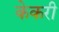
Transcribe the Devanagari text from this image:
केकरी